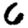
Digit: 6